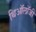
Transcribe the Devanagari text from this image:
थिऑलॉजी